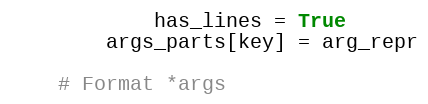
Language: Python
            has_lines = True
        args_parts[key] = arg_repr

    # Format *args